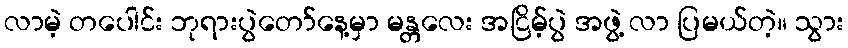
လာမဲ့ တပေါင်း ဘုရားပွဲတော်နေ့မှာ မန္တလေး အငြိမ့်ပွဲ အဖွဲ့ လာ ပြမယ်တဲ့။ သွား